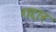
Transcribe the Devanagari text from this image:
ग़द्दार